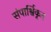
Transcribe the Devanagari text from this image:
संपार्श्विकृत